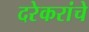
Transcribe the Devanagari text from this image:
दरेकरांचे